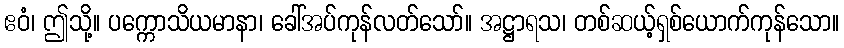
ဧဝံ၊ ဤသို့။ ပက္ကောသိယမာနာ၊ ခေါ်အပ်ကုန်လတ်သော်။ အဋ္ဌာရသ၊ တစ်ဆယ့်ရှစ်ယောက်ကုန်သော။